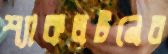
শ্যাকলটনের